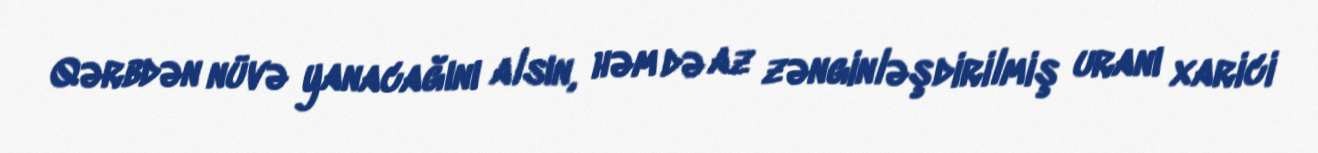
Qərbdən nüvə yanacağını alsın, həm də az zənginləşdirilmiş uranı xarici